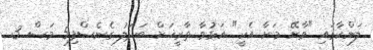
ލަންކާގައި "ވާށޭ މަށާ އެކީ" އަޅުވާ ތާރީޚަށް ބަދަލު ގެނެސްފި5 މަސް 3